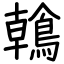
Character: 鶾